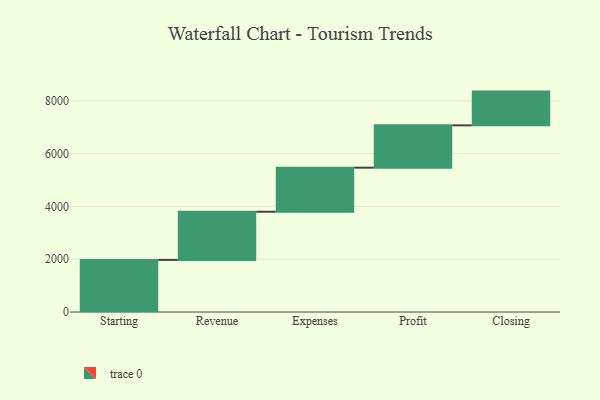
{"axis": {"x": "Step", "y": "Value"}, "legend": [""], "data": [{"x": "Starting", "y": 1973.0, "type": ""}, {"x": "Revenue", "y": 1825.0, "type": ""}, {"x": "Expenses", "y": 1669.0, "type": ""}, {"x": "Profit", "y": 1604.0, "type": ""}, {"x": "Closing", "y": 1278.0, "type": ""}]}